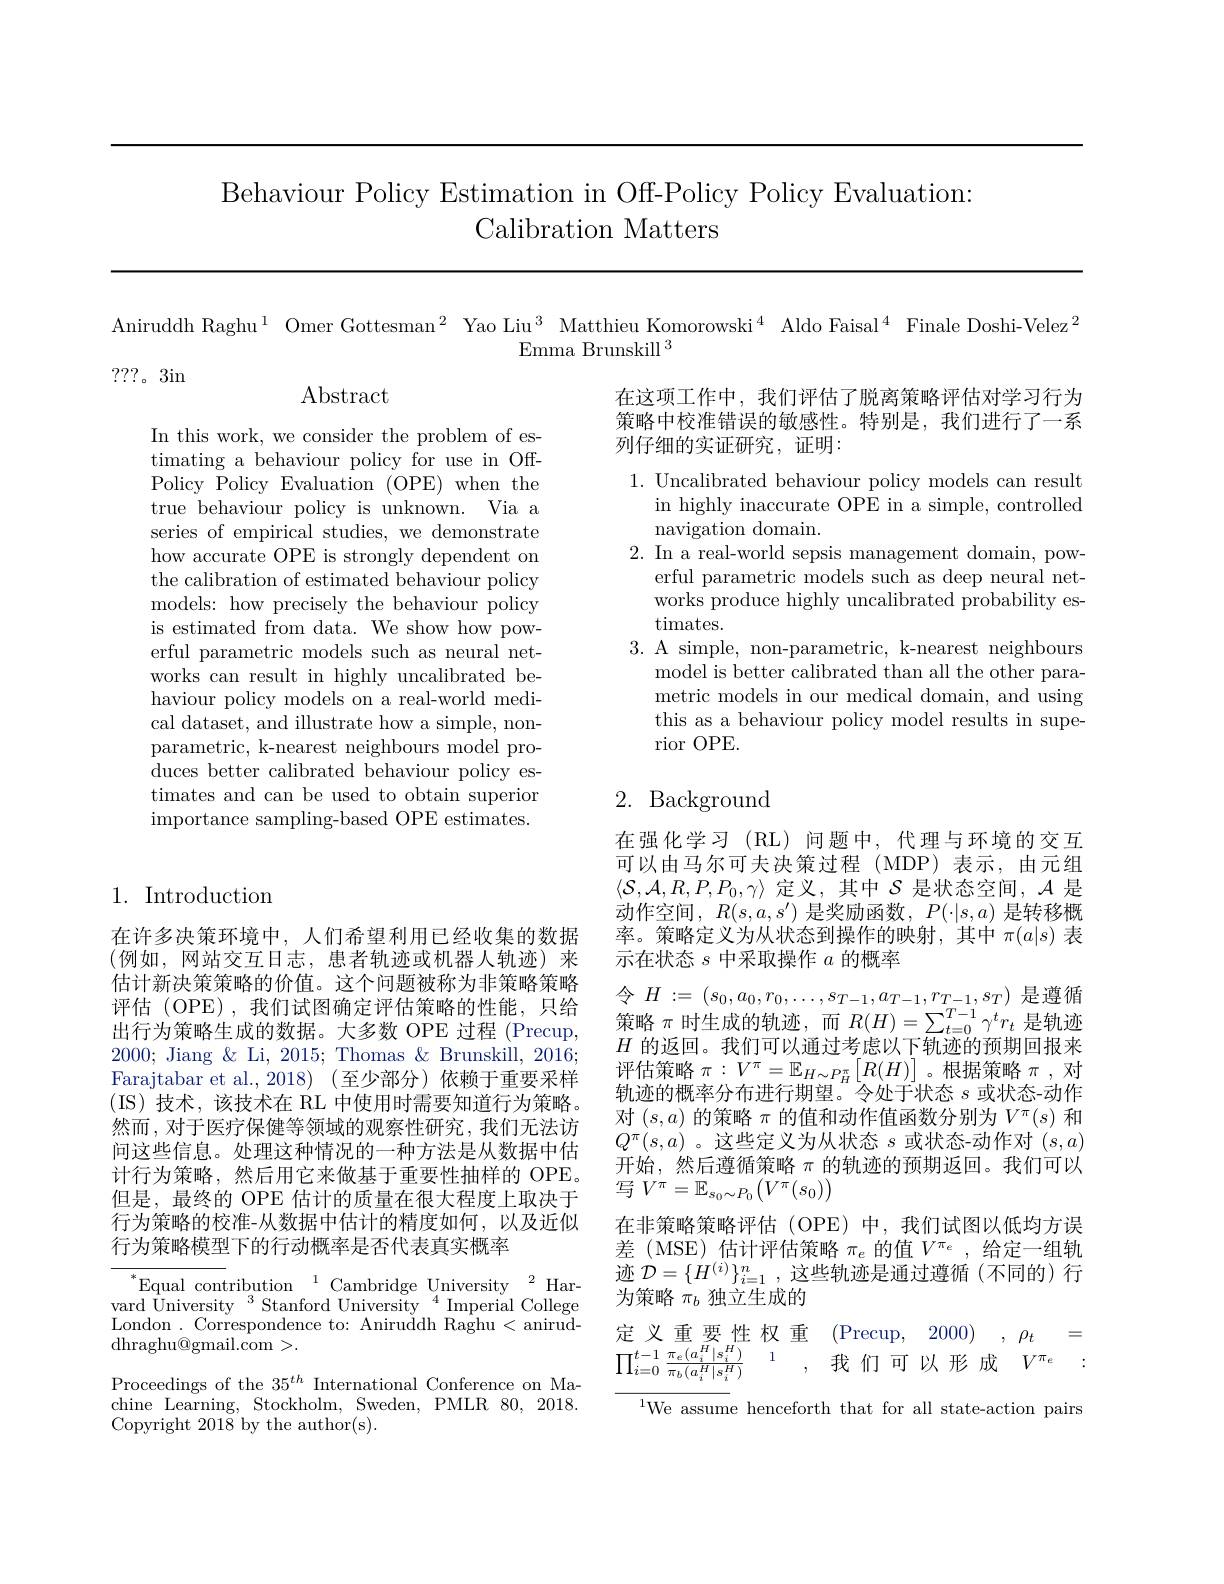
# Behaviour Policy Estimation in Off-Policy Policy Evaluation: Calibration Matters

Aniruddh Raghu$^1$ Omer Gottesman$^2$ Yao Liu$^3$ Matthieu Komorowski$^4$ Aldo Faisal$^4$ Finale Doshi-Velez$^2$

Emma Brunskill $^3$

???。3in

$\operatorname{Abstract}$

在这项工作中，我们评估了脱离策略评估对学习行为策略中校准错误的敏感性。特别是，我们进行了一系列仔细的实证研究，证明：

1. Uncalibrated behaviour policy models can result
in highly inaccurate OPE in a simple, controlled
navigation domain.
2. In a real-world sepsis management domain, pow-
erful parametric models such as deep neural networks produce highly uncalibrated probability estimates.
3. A simple, non-parametric, k-nearest neighbours
model is better calibrated than all the other parametric models in our medical domain, and using this as a behaviour policy model results in superior OPE.

In this work, we consider the problem of estimating a behaviour policy for use in OffPolicy Policy Evaluation (OPE) when the true behaviour policy is unknown. Via a series of empirical studies, we demonstrate how accurate OPE is strongly dependent on the calibration of estimated behaviour policy models: how precisely the behaviour policy is estimated from data. We show how powerful parametric models such as neural networks can result in highly uncalibrated behaviour policy models on a real-world medical dataset, and illustrate how a simple, nonparametric, k-nearest neighbours model produces better calibrated behaviour policy estimates and can be used to obtain superior importance sampling-based OPE estimates.

## 2. Background

1. Introduction

在许多决策环境中，人们希望利用已经收集的数据(例如，网站交互日志，患者轨迹或机器人轨迹)来估计新决策策略的价值。这个问题被称为非策略策略评估 (OPE),我们试图确定评估策略的性能，只给出行为策略生成的数据。大多数 OPE 过程 (Precup, 2000; Jiang & Li, 2015; Thomas & Brunskill, 2016; Farajtabar et al.,2018)(至少部分)依赖于重要采样(IS)技术，该技术在 RL 中使用时需要知道行为策略。然而，对于医疗保健等领域的观察性研究，我们无法访间这些信息。处理这种情况的一种方法是从数据中估计行为策略，然后用它来做基于重要性抽样的 OPE。但是，最终的 OPE 估计的质量在很大程度上取决于行为策略的校准-从数据中估计的精度如何，以及近似行为策略模型下的行动概率是否代表真实概率

在强化学习(RL)问题中，代理与环境的交互可以由马尔可夫决策过程(MDP)表示，由元组$\langle\mathcal{S},\mathcal{A},R,P,P_0,\gamma\rangle$定义，其中$\mathcal{S}$是状态空间，$\mathcal{A}$是动作空间，$R(s,a,s^{\prime})$是奖励函数，$P(\cdot|s,a)$是转移概率。策略定义为从状态到操作的映射，其中$\pi(a|s)$表示在状态$s$中采取操作$a$的概率
令$H:=(s_0,a_0,r_0,\ldots,s_{T-1},a_{T-1},r_{T-1},s_T)$是遵循策略$\pi$时生成的轨迹，而$R(H)=\sum_t=0^{T-1}\gamma^tr_t$ 是轨迹$H$的返回。我们可以通过考虑以下轨迹的预期回报来评估策略$\pi:V^\pi=\mathbb{E}_{H\sim P_H^\pi}\left[R(H)\right]$。根据策略$\pi$,对轨迹的概率分布进行期望。令处于状态$s$或状态-动作对$(s,a)$的策略$\pi$的值和动作值函数分别为$V^\pi(s)$和$Q^{\pi}(s,a)$。这些定义为从状态$s$或状态-动作对$(s,a)$ 开始，然后遵循策略$\pi$的轨迹的预期返回。我们可以写$V^\pi=\mathbb{E}_{s_0\sim P_0}\left(V^{\pi}(s_0)\right)$
在非策略策略评估(OPE)中，我们试图以低均方误差 (MSE) 估计评估策略$\pi_e$的值$V^{\pi_e}$,给定一组轨迹$\mathcal{D}=\{H^{(i)}\}_{i=1}^n$,这些轨迹是通过遵循 (不同的)行为策略$\pi_b$独立生成的
$\begin{array}{cccc}\text{定义重要性权重}&\text{(Precup,}&2000)&,&\rho_t&=\\\prod_{i=0}^{t-1}\frac{\pi_e(a_i^H|s_i^H)}{\pi_b(a_i^H|s_i^H)}&,&\text{我们可以形成}&V^{\pi_e}\end{array}$
$^{1}$We assume henceforth that for all state-action pairs

${}^{*}{\mathrm{Equal~contribution~}}^{1}{\mathrm{Cambridge~University~}}^{2}{\mathrm{Har-}}$ vard $\overset{\mathrm{U}}{\operatorname*{\text{iversity}}}^{3}$Stanford University$^{4}$Imperial College London. Correspondence to: Aniruddh Raghu < anirud- $\operatorname{dhraghu@gmail.com}>.$

Proceedings of the $35^{th}$ International Conference on Machine Learning, Stockholm, Sweden, PMLR 80, 2018. Copyright 2018 by the author(s).